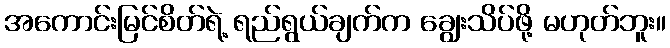
အကောင်းမြင်စိတ်ရဲ့ ရည်ရွယ်ချက်က ချွေးသိပ်ဖို့ မဟုတ်ဘူး။